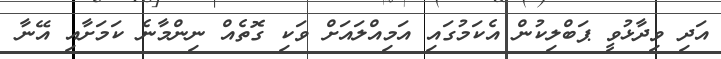
އަދި ވިދާޅުވީ ޕަބްލިކުން އެކަމުގައި އަމިއްލައަށް ވަކި ގޮތެއް ނިންމާނެ ކަމަށާއި އޭނާ